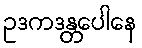
ဥဒကဒန္တပေါနေ